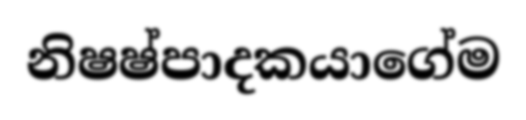
නිෂෂ්පාදකයාගේම